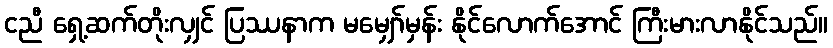
ငညီ ရှေ့ဆက်တိုးလျှင် ပြဿနာက မမျှော်မှန်း နိုင်လောက်အောင် ကြီးမားလာနိုင်သည်။